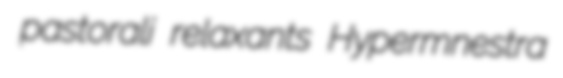
pastorali relaxants Hypermnestra